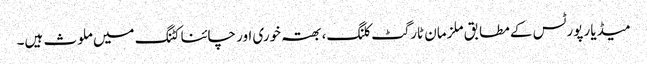
میڈیا رپورٹس کے مطابق ملزمان ٹارگٹ کلنگ، بھتہ خوری اور چائنا کٹنگ میں ملوث ہیں۔